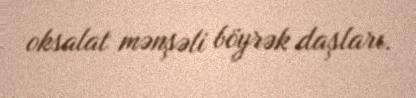
oksalat mənşəli böyrək daşları.